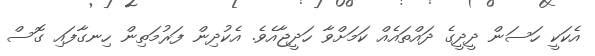
އެކަކީ ހަސަން ދީދީގެ ދައްތައެއް ކަމަށްވާ ހަދީޖާއެވެ. އެކުދިން ފަރުމަތިން ހިނގާފައި ގޮސް